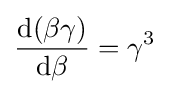
{\frac {\mathrm {d} (\beta \gamma )}{\mathrm {d} \beta }}=\gamma ^{3}